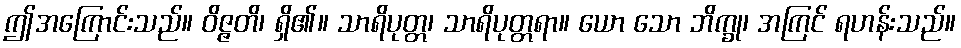
ဤအကြောင်းသည်။ ဝိဇ္ဇတိ၊ ရှိ၏။ သာရိပုတ္တ၊ သာရိပုတ္တရာ။ ယော သော ဘိက္ခု၊ အကြင် ရဟန်းသည်။